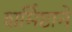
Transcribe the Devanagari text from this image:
शर्मिष्ठाने